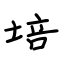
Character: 培